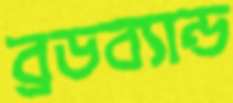
ব্রডব্যান্ড